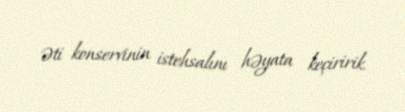
əti konservinin istehsalını həyata keçiririk.